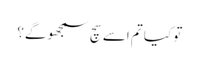
تو کیا تم اسے سچ سمجھو گے؟